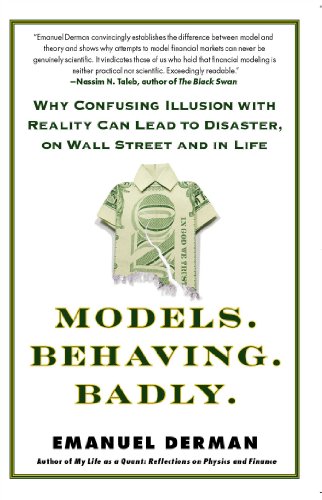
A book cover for Models.Behaving.Badly.: Why Confusing Illusion with Reality Can Lead to Disaster, on Wall Street and in Life; Emanuel Derman; Politics & Social Sciences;